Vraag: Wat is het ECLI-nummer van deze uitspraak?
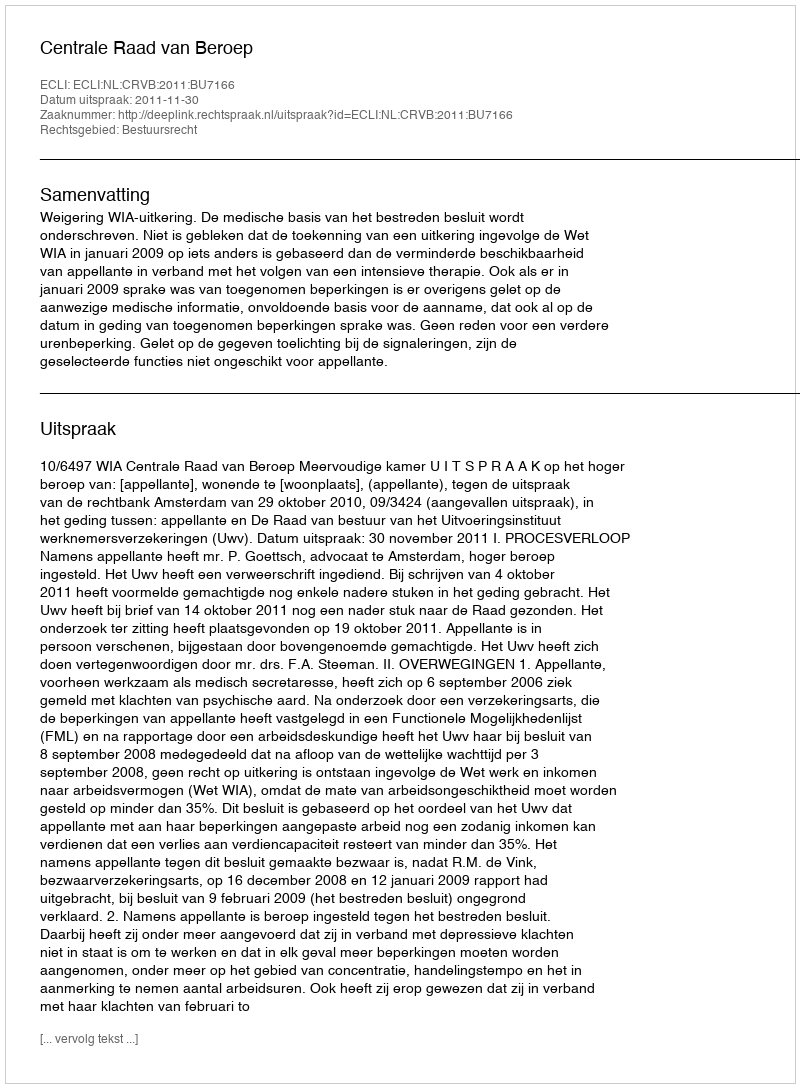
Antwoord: ECLI:NL:CRVB:2011:BU7166